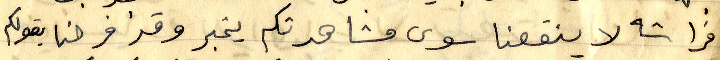
فراشه لا ينفعنا سوى مشاهدتكم يخبر وقد فرحنا بقولكم